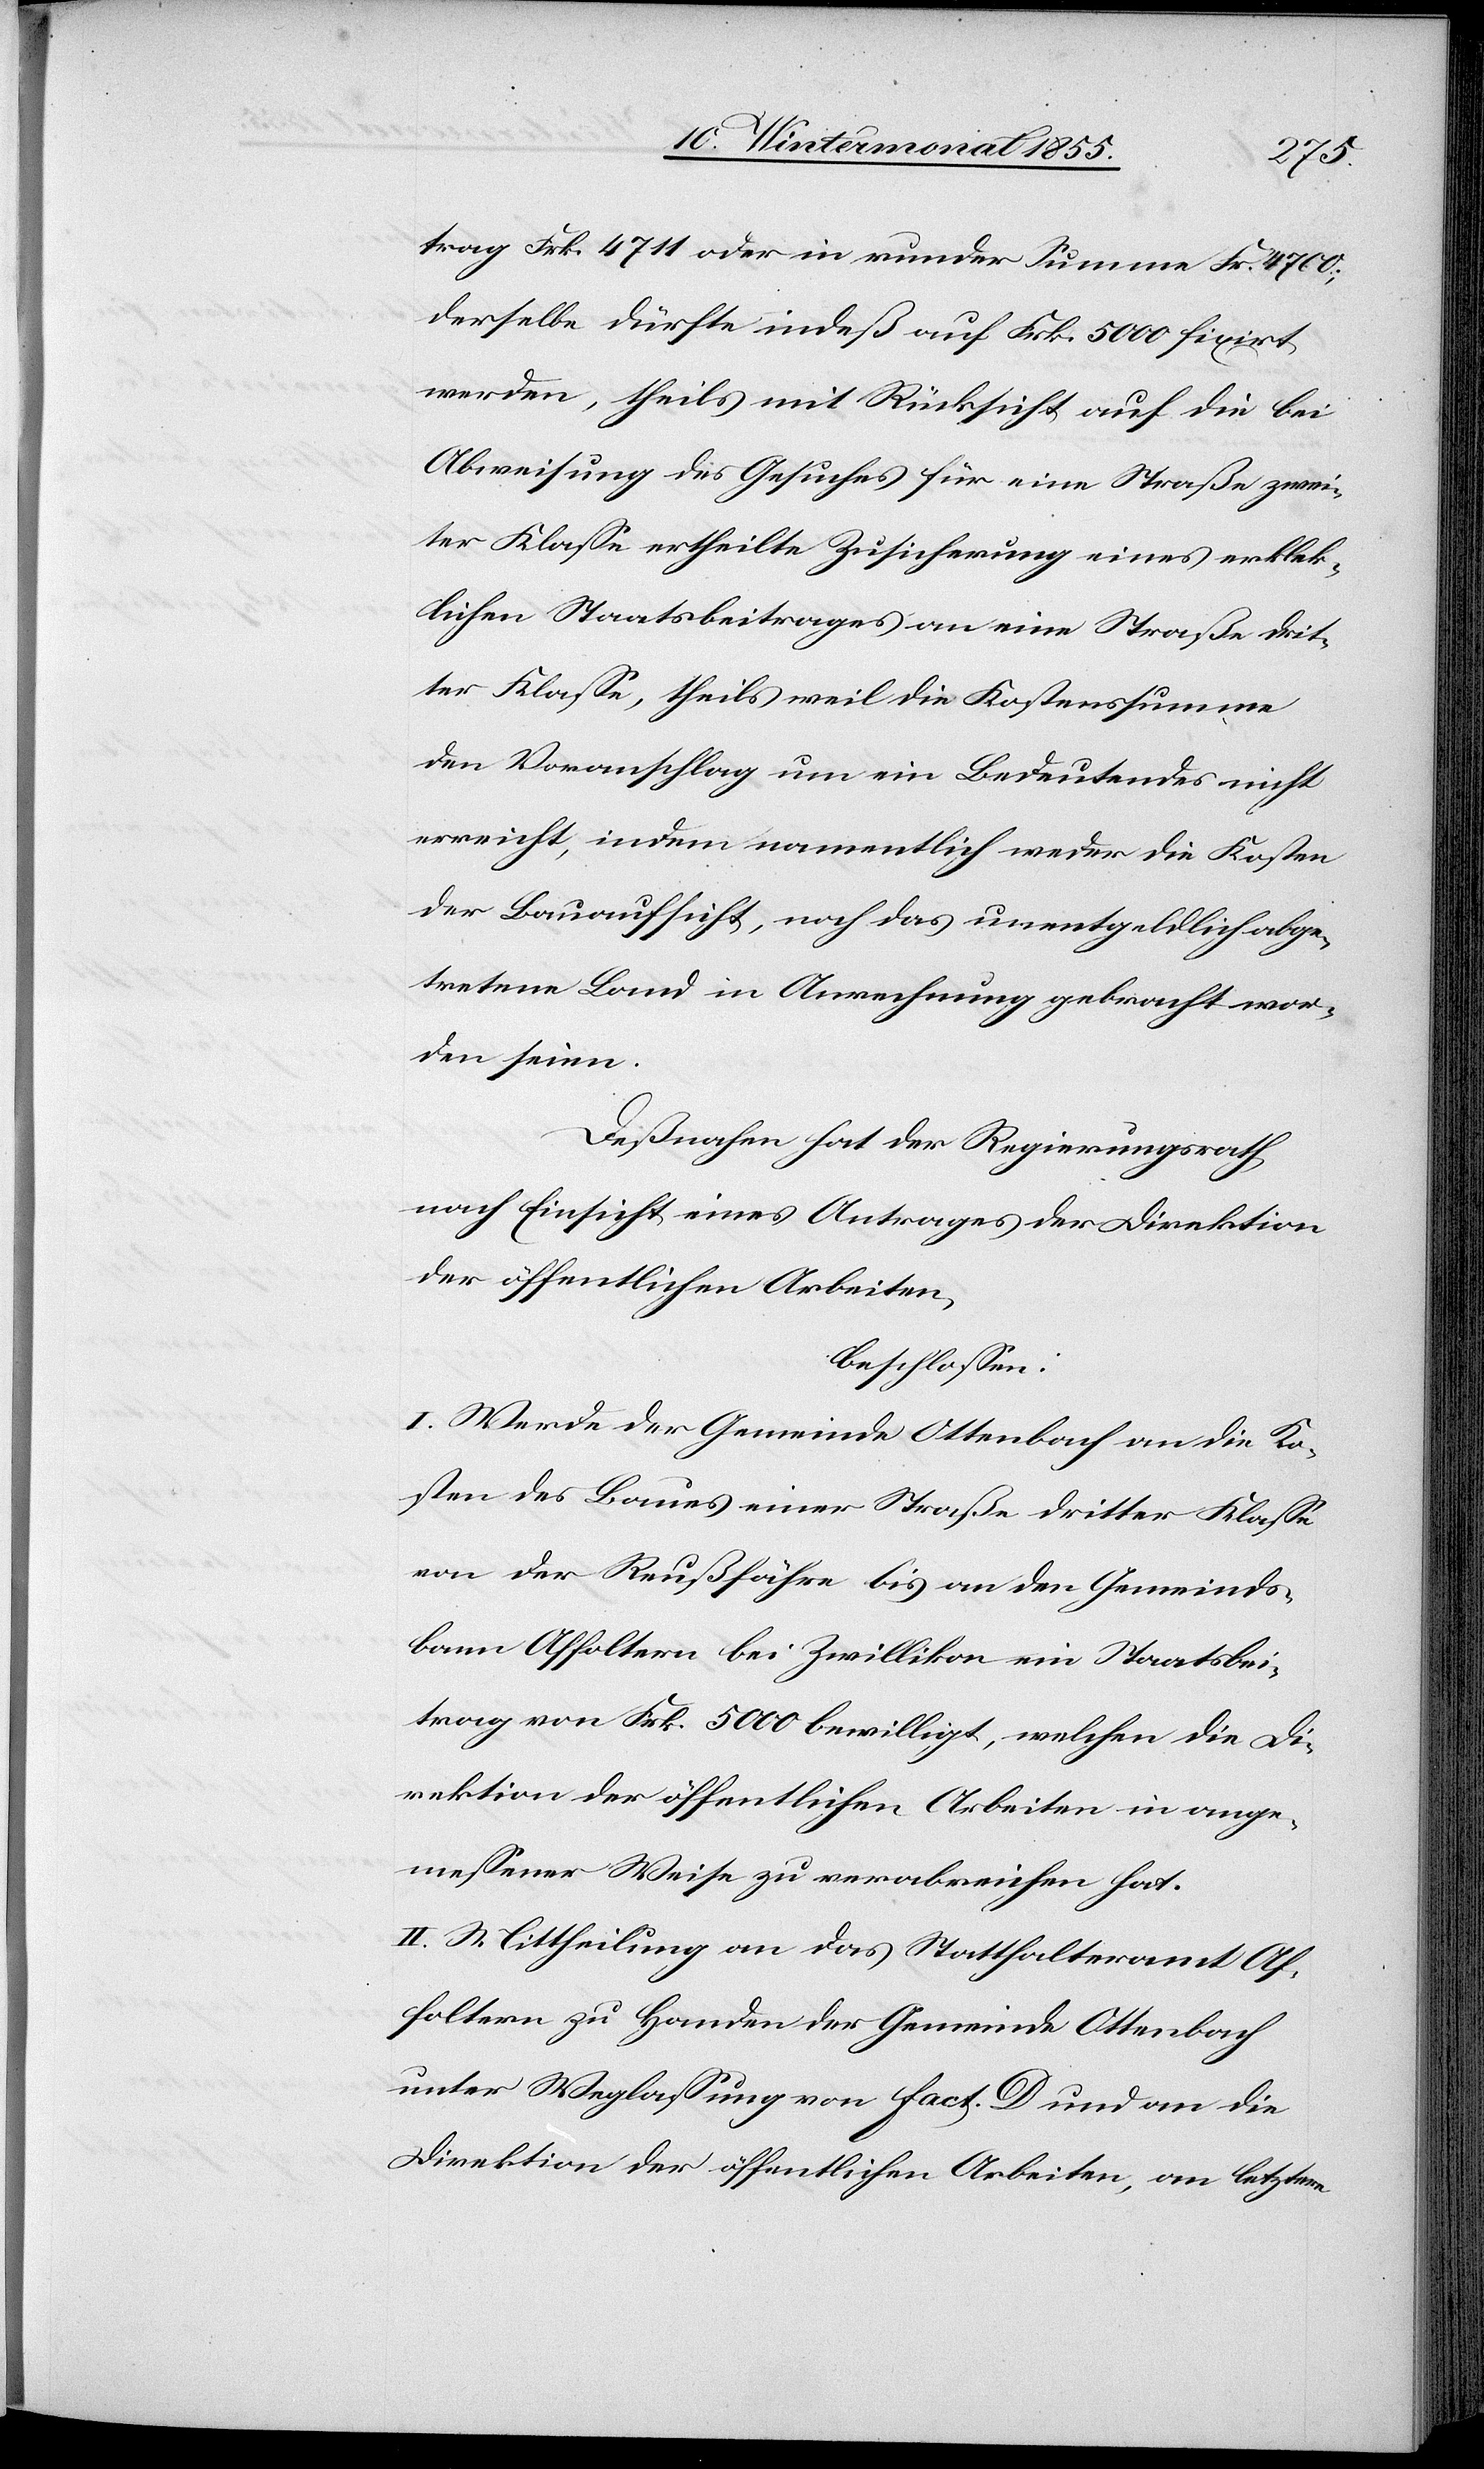
trag Frk. 4711 oder in runder Summe Fr. 4700;
derselbe dürfte indeß auf Frk. 5000 fixirt
werden, theils mit Rücksicht auf die bei
Abweisung des Gesuches für eine Straße zwei¬
ter Klasse ertheilte Zusicherung eines erklek¬
lichen Staatsbeitrages an eine Straße drit¬
ter Klasse, theils weil die Kostenssumme
den Voranschlag um ein Bedeutendes nicht
erreicht, indem namentlich weder die Kosten
der Bauaufsicht, noch das unentgeldlich abge¬
tretene Land in Anrechnung gebracht wor¬
den seien.
Deßnahen hat der Regierungsrath,
nach Einsicht eines Antrages der Direktion
der öffentlichen Arbeiten,
beschlossen:
I. Werde der Gemeinde Ottenbach an die Ko¬
sten des Baues einer Straße dritter Klasse
von der Reußfähre bis an den Gemeinds¬
bann Affoltern bei Zwillikon ein Staatsbei¬
trag von Frk. 5000 bewilligt, welchen die Di¬
rektion der öffentlichen Arbeiten in ange¬
messener Weise zu verabreichen hat.
II. Mittheilung an das Statthalteramt Af¬
foltern zu Handen der Gemeinde Ottenbach
unter Weglassung von Fact. D und an die
Direktion der öffentlichen Arbeiten, an letztere